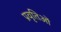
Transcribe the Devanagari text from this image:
प्रवृतिओं